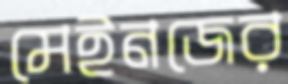
মেইনজের